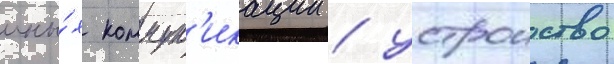
ины́х коммун'икации / устроиство